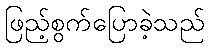
ဖြည့်စွက်ပြောခဲ့သည်